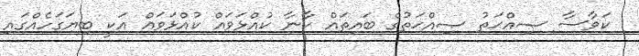
ކަވާސާ ޞިއްޙަތު ޞިއްޙަތުގެ ބައިތައް ކާނާ ކުއްޅަވައް ކުއްޅަވައް އަކީ ބިޔަގަހެއްގައި